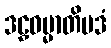
ဒဠှဓမ္မာတိပဒံ